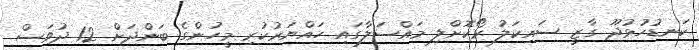
ކަނޑުހުޅުދޫ ގާޒީ ސައިކަލު ރޯކޮށްލި މައްސަލާގައި ހައްޔަރުކުރި މީހުންގެ ބަންދަށް 12 ދުވަސް